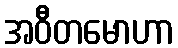
အဝီတမောဟာ